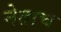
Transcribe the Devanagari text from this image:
नेताच